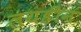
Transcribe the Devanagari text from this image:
लयहीन